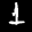
Label: 1